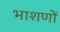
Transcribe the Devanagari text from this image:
भाशणों